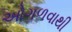
ઓગળવાથી